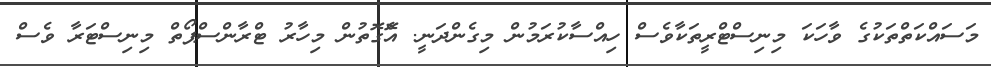
މަސައްކަތްތަކުގެ ވާހަކަ މިނިސްޓްރީތަކާވެސް ހިއްސާކުރަމުން މިގެންދަނީ. އެޮގޮތުން މިހާރު ޓްރާންސްޕޯތް މިނިސްޓަރާ ވެސް